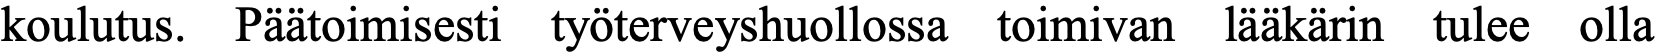
koulutus. Päätoimisesti työterveyshuollossa toimivan lääkärin tulee olla